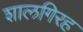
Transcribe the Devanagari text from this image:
शालगिरह